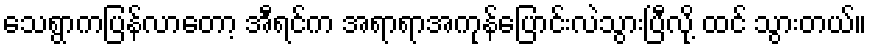
သေရွာကပြန်လာတော့ အီရင်က အရာရာအကုန်ပြောင်းလဲသွားပြီလို့ ထင် သွားတယ်။